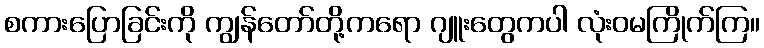
စကားပြောခြင်းကို ကျွန်တော်တို့ကရော ဂျူးတွေကပါ လုံးဝမကြိုက်ကြ။